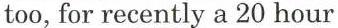
too, for recently a 20 hour